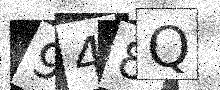
Text: 948Q